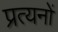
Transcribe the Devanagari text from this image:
प्रत्यनों